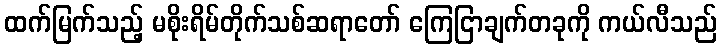
ထက်မြက်သည့် မစိုးရိမ်တိုက်သစ်ဆရာတော် ကြေငြာချက်တခုကို ကယ်လီသည်